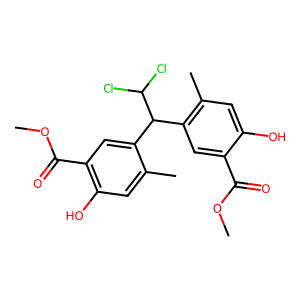
SMILES: COC(=O)c1cc(C(c2cc(C(=O)OC)c(O)cc2C)C(Cl)Cl)c(C)cc1O
Inhibits HIV replication: No